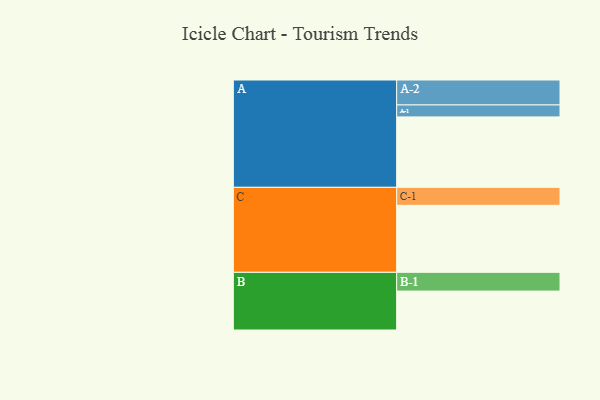
{"axis": {"x": "Segment", "y": "Value"}, "legend": ["", "A", "B", "C"], "data": [{"x": "A", "y": 590, "type": ""}, {"x": "B", "y": 326, "type": ""}, {"x": "C", "y": 561, "type": ""}, {"x": "A-1", "y": 100, "type": "A"}, {"x": "A-2", "y": 209, "type": "A"}, {"x": "B-1", "y": 157, "type": "B"}, {"x": "C-1", "y": 151, "type": "C"}]}